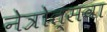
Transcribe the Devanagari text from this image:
नेत्रोत्सवा